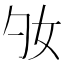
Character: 𡚷